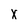
Character: X